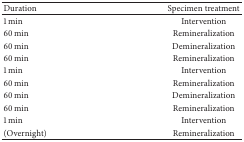
<table><thead><tr><td><b>Duration</b></td><td><b>Specimen treatment</b></td></tr></thead><tbody><tr><td>1 min</td><td>Intervention</td></tr><tr><td>60 min</td><td>Remineralization</td></tr><tr><td>60 min</td><td>Demineralization</td></tr><tr><td>60 min</td><td>Remineralization</td></tr><tr><td>1 min</td><td>Intervention</td></tr><tr><td>60 min</td><td>Remineralization</td></tr><tr><td>60 min</td><td>Demineralization</td></tr><tr><td>60 min</td><td>Remineralization</td></tr><tr><td>1 min</td><td>Intervention</td></tr><tr><td>(Overnight)</td><td>Remineralization</td></tr></tbody></table>